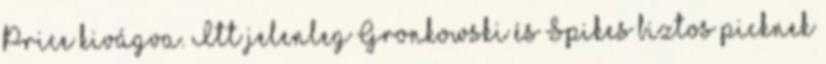
Price kivágva. Itt jelenleg Gronkowski és Spikes biztos picknek